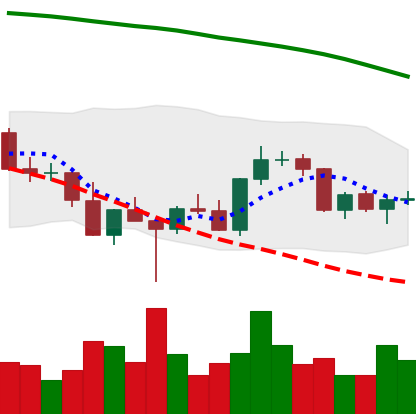
Ticker: BNB-USD
Chart end date: 2022-03-08
Forward return: -5.265%
Label: down_5_7